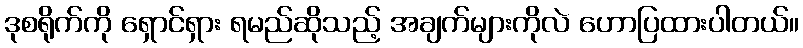
ဒုစရိုက်ကို ရှောင်ရှား ရမည်ဆိုသည့် အချက်များကိုလဲ ဟောပြထားပါတယ်။